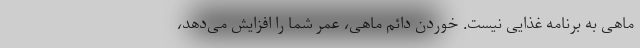
ماهی به برنامه غذایی نیست. خوردن دائم ماهی، عمر شما را افزایش می‌دهد،